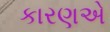
કારણએ